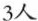
3人